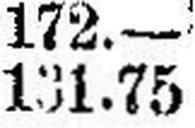
131.75